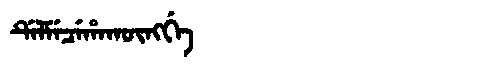
Manchu: ᡩᡝᠯᠮᡝᠴᡝᡥᠠᡴᡡᠩᡤᡝ
Romanization: DELMECEHAKŪNGGE